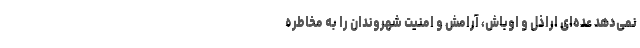
نمی‌دهد عده‌ای اراذل و اوباش، آرامش و امنیت شهروندان را به مخاطره